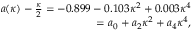
\begin{array} { r } { a ( \kappa ) - \frac { \kappa } { 2 } = - 0 . 8 9 9 - 0 . 1 0 3 \kappa ^ { 2 } + 0 . 0 0 3 \kappa ^ { 4 } } \\ { = a _ { 0 } + a _ { 2 } \kappa ^ { 2 } + a _ { 4 } \kappa ^ { 4 } , } \end{array}